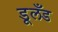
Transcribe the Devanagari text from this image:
डूलँड